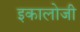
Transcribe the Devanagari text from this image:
इकालोजी